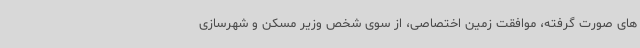
های صورت گرفته، موافقت زمین اختصاصی، از سوی شخص وزیر مسکن و شهرسازی